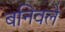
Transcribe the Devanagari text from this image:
बनिवले